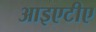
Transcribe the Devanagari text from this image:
आइएटीए